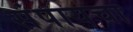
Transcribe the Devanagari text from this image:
संपायचा